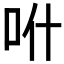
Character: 𠯰